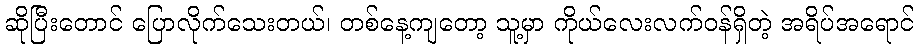
ဆိုပြီးတောင် ပြောလိုက်သေးတယ်၊ တစ်နေ့ကျတော့ သူ့မှာ ကိုယ်လေးလက်ဝန်ရှိတဲ့ အရိပ်အရောင်